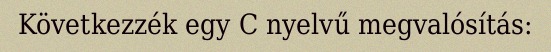
Következzék egy C nyelvű megvalósítás: